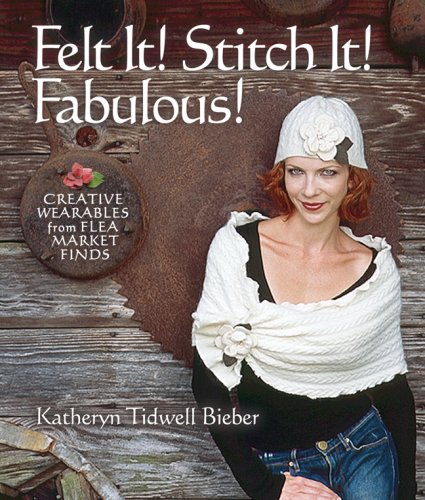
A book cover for Felt It! Stitch It! Fabulous!: Creative Wearables from Flea Market Finds; Katheryn Tidwell Bieber; Crafts, Hobbies & Home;